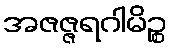
အဇဇ္ဇရဂါမိဉ္စ